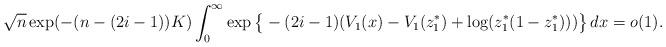
LaTeX: \begin{align*} \sqrt{n} \exp(-(n - (2i - 1))K) \int_0^\infty \exp\big\{-(2i - 1)(V_1(x) - V_1(z_1^*) + \log(z_1^*(1 - z_1^*)))\big\} \, dx = o(1). \end{align*}